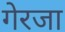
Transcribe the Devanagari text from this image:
गेरजा